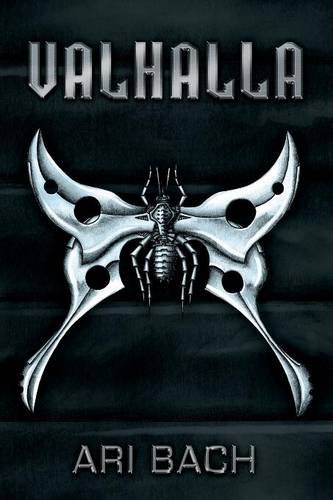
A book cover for Valhalla; Ari Bach; Teen & Young Adult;